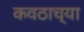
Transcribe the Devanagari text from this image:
कवठाच्या